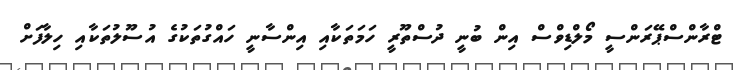
ޓްރާންސްޕޭރަންސީ މޯލްޑިވްސް އިން ބުނީ ދުސްތޫރީ ހަމަތަކާއި އިންސާނީ ހައްގުތަކުގެ އުސޫލުތަކާއި ހިލާފަށް